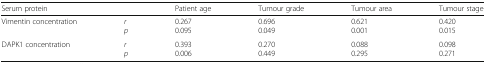
<table><thead><tr><td><b>Serum protein</b></td><td></td><td><b>Patient age</b></td><td><b>Tumour grade</b></td><td><b>Tumour area</b></td><td><b>Tumour stage</b></td></tr></thead><tbody><tr><td>Vimentin concentration</td><td><i>r</i><i>p</i></td><td>0.2670.095</td><td>0.6960.049</td><td>0.6210.001</td><td>0.4200.015</td></tr><tr><td>DAPK1 concentration</td><td><i>r</i><i>p</i></td><td>0.3930.006</td><td>0.2700.449</td><td>0.0880.295</td><td>0.0980.271</td></tr></tbody></table>